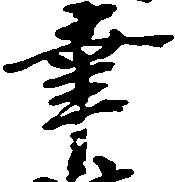
幸